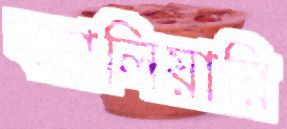
ক্যালিয়ারি